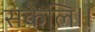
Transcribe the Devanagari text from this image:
सकेलि।।